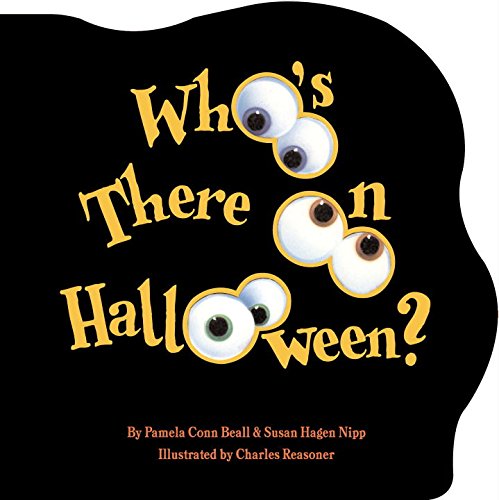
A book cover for Who's There on Halloween?; Susan Hagen Nipp; Children's Books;